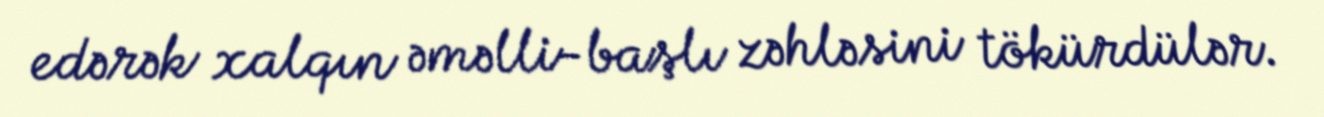
edərək xalqın əməlli-başlı zəhləsini tökürdülər.